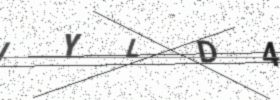
Text: IYLD4